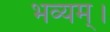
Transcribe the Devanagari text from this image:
भव्यम्।